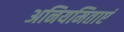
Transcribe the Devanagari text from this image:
अनियमिताएं